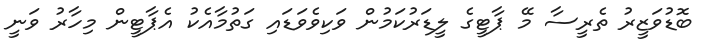
ބޮޑުވަޒީރު ތެރީސާ މޭ ޕާޓީގެ ލީޑަރުކަމުން ވަކިވެވަޑައި ގަތުމާއެކު އެޕާޓީން މިހާރު ވަނީ